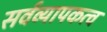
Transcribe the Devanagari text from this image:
सर्वव्यापकत्व